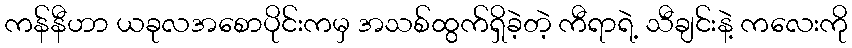
ကန်နီဟာ ယခုလအစောပိုင်းကမှ အသစ်ထွက်ရှိခဲ့တဲ့ ကီရာရဲ့ သီချင်းနဲ့ ကလေးကို